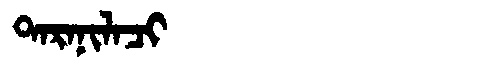
Manchu: ᡨᠠᡵᠠᠨᡳᠯᠠᠴᡳ
Romanization: TARANILACI